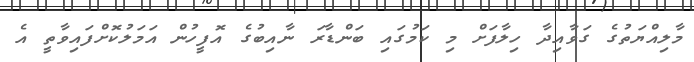
މާލިއްޔަތުގެ ގަވާއިދާ ހިލާފަށް މި ކަމުގައި ބަންޑާރަ ނާއިބުގެ އޮފީހުން އަމަލުކޮށްފައިވާތީ އެ